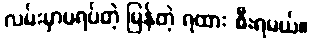
လမ်းမှာမရပ်တဲ့ မြန်တဲ့ ရထား စီးရမယ်။